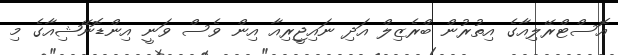
އޮސްޓްރޭލިއާގެ އިތުރުން ބްރެޒިލް އަދި ނައިޖީރިއާ އިން ވެސް ވަނީ އިންޑޮނޭޝިއާގެ މި